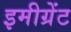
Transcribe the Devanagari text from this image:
इमीग्रेंट